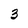
Character: 3